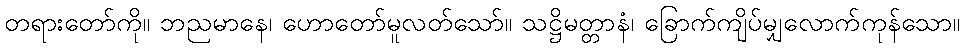
တရားတော်ကို။ ဘညမာနေ၊ ဟောတော်မူလတ်သော်။ သဋ္ဌိမတ္တာနံ၊ ခြောက်ကျိပ်မျှလောက်ကုန်သော။